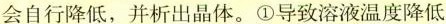
会自行降低，并析出晶体。①导致溶液温度降低